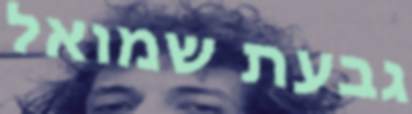
גבעת שמואל